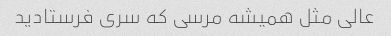
عالی مثل همیشه مرسی که سری فرستادید